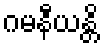
ဂမနီယန္တိ